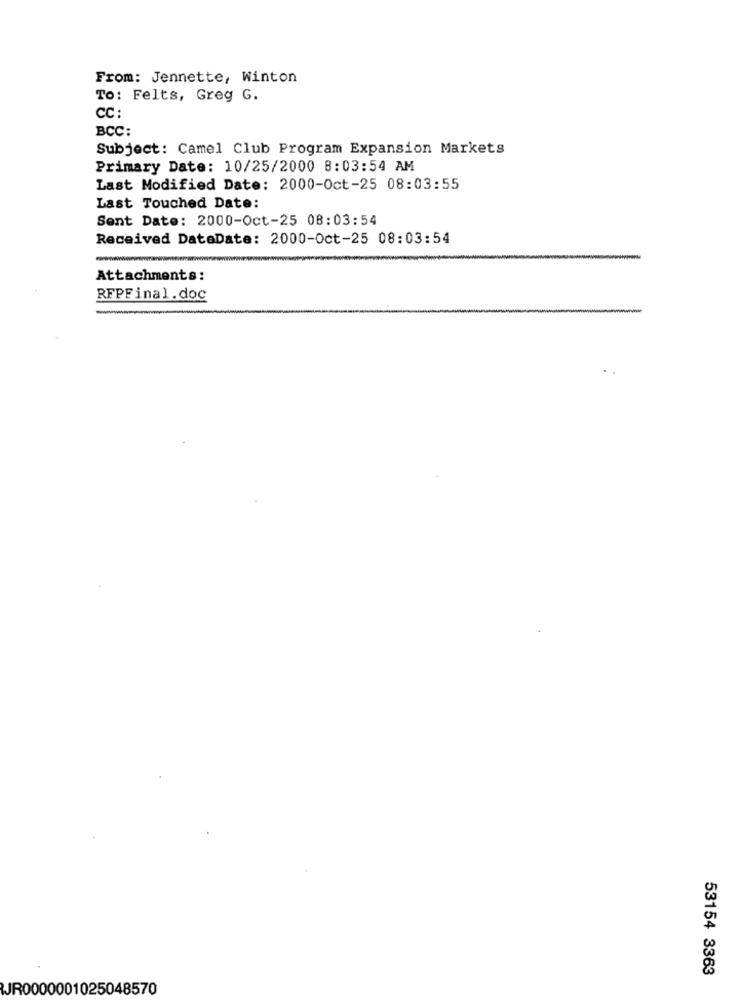
From: Jennette, Winton
To: Felts, Greg G.
CC :
BCC:
Subject: Camel Club Program Expansion Markets
Primary Date: 10/25/2000 8:03:54 AM
Last Modified Date: 2000-Oct-25 08:03:55
Last Touched Date:
Sent Date: 2000-Oct-25 08:03:54
Received DateDate: 2000-Oct-25 08:03:54
Attachments:
RFPFinal. doc
53154 3363
JR0000001025048570